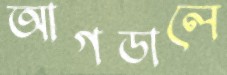
আগডালে